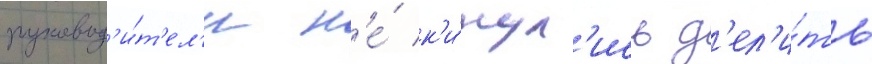
руковод'и́т'ел'и н'е́ к'и́нул'ись д'ел'и́ть